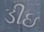
ડીઇ